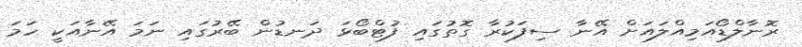
ރޮނާލްޑޯއަމިއްލައަށް އޭނާ ސިފަކުރާ ގޮތުގައި ފުޓްބޯޅަ ދަނޑުން ބޭރުގައި ނަމަ އޭނާއަކީ ހަމަ